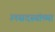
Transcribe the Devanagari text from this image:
३१सदस्यांच्या